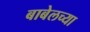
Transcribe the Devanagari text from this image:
बाबेलच्या